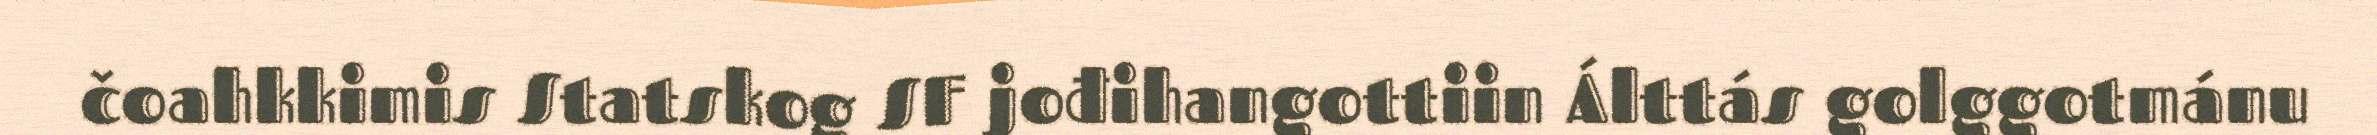
čoahkkimis Statskog SF jođihangottiin Álttás golggotmánu